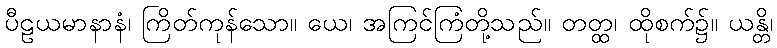
ပီဠယမာနာနံ၊ ကြိတ်ကုန်သော။ ယေ၊ အကြင်ကြံတို့သည်။ တတ္ထ၊ ထိုစက်၌။ ယန္တိ၊